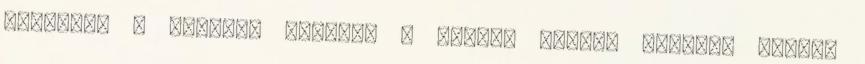
legalább a rendező ugyanaz a George Miller maradt, akinek